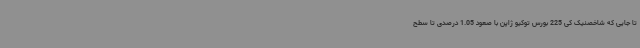
تا جایی که شاخصنیک کی 225 بورس توکیو ژاپن با صعود 1.05 درصدی تا سطح